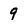
Character: 9